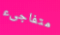
متفاجىء